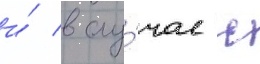
и́ в слу́чае с